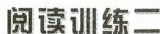
阅读l练二